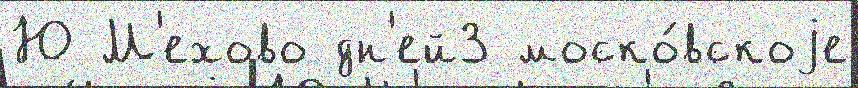
Ю М'ехово дн'ей3 моско́вскоjе